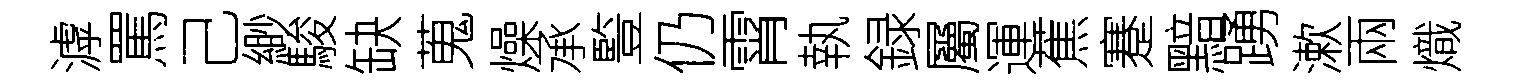
滹罵己緲駿缺蒐燥承䜿仍霄執録屬運蕉蹇黯踴漱兩熾